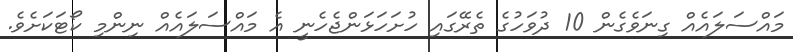
މައްސަލައެއް ގިނަވެގެން 10 ދުވަހުގެ ތެރޭގައި ހުށަހަޅަންޖެހެނީ އެ މައްސަލައެއް ނިންމި ކޯޓަކަށެވެ.